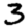
Digit: 3